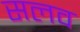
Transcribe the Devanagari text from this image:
सलव